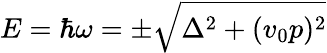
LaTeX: E=\hbar\omega=\pm\sqrt{\Delta^{2}+(v_{0}p)^{2}}